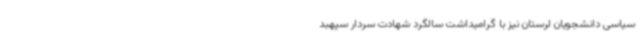
سیاسی دانشجویان لرستان نیز با گرامیداشت سالگرد شهادت سردار سپهبد